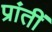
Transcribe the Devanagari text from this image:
प्रांतीं